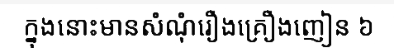
ក្នុងនោះមានសំណុំរឿងគ្រឿងញៀន ៦